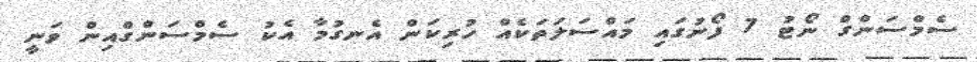
ސެމްސަންގް ނޯޓު 7 ފޯނުގައި މައްސަލަތަކެއް ހުރިކަން އެނގުމާ އެކު ސެމްސަންގްއިން ވަނީ